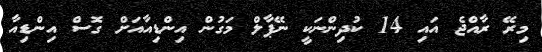
މިރޭ ރާއްޖެ އައި 14 ކުދިންނަކީ ނޭޕާލް މަގުން އިންޑިއާއަށް ގޮސް އިންޑިއާ